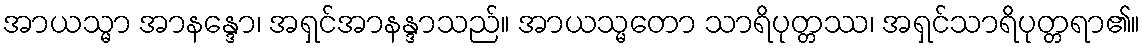
အာယသ္မာ အာနန္ဒော၊ အရှင်အာနန္ဒာသည်။ အာယသ္မတော သာရိပုတ္တဿ၊ အရှင်သာရိပုတ္တရာ၏။